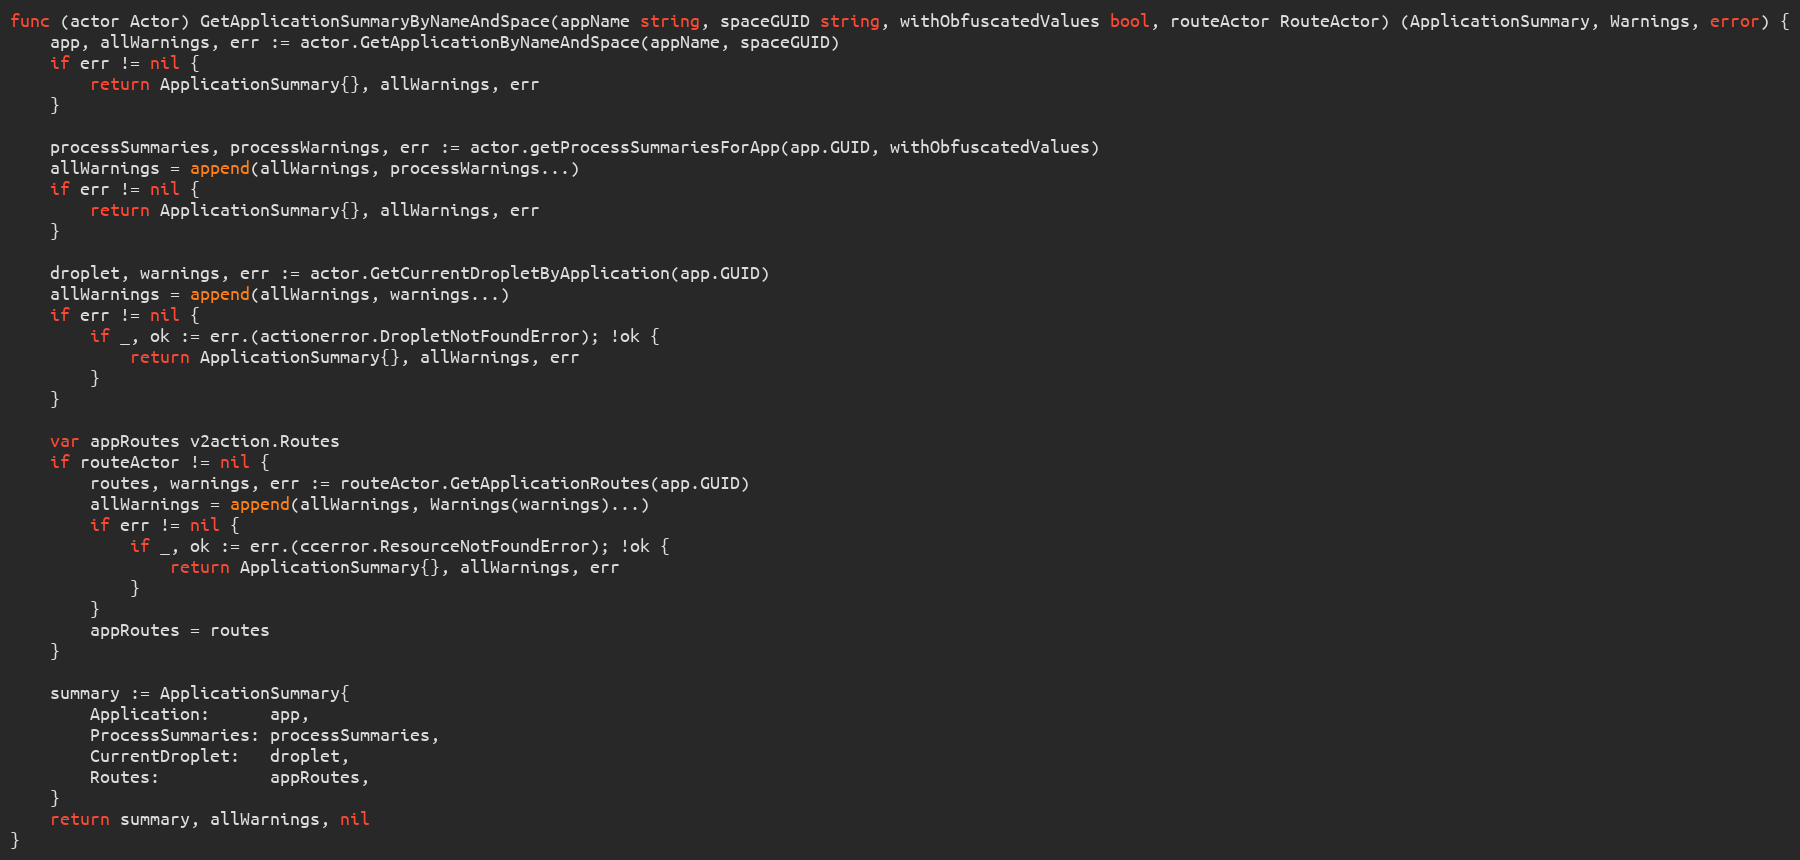
Language: Go
func (actor Actor) GetApplicationSummaryByNameAndSpace(appName string, spaceGUID string, withObfuscatedValues bool, routeActor RouteActor) (ApplicationSummary, Warnings, error) {
	app, allWarnings, err := actor.GetApplicationByNameAndSpace(appName, spaceGUID)
	if err != nil {
		return ApplicationSummary{}, allWarnings, err
	}

	processSummaries, processWarnings, err := actor.getProcessSummariesForApp(app.GUID, withObfuscatedValues)
	allWarnings = append(allWarnings, processWarnings...)
	if err != nil {
		return ApplicationSummary{}, allWarnings, err
	}

	droplet, warnings, err := actor.GetCurrentDropletByApplication(app.GUID)
	allWarnings = append(allWarnings, warnings...)
	if err != nil {
		if _, ok := err.(actionerror.DropletNotFoundError); !ok {
			return ApplicationSummary{}, allWarnings, err
		}
	}

	var appRoutes v2action.Routes
	if routeActor != nil {
		routes, warnings, err := routeActor.GetApplicationRoutes(app.GUID)
		allWarnings = append(allWarnings, Warnings(warnings)...)
		if err != nil {
			if _, ok := err.(ccerror.ResourceNotFoundError); !ok {
				return ApplicationSummary{}, allWarnings, err
			}
		}
		appRoutes = routes
	}

	summary := ApplicationSummary{
		Application:      app,
		ProcessSummaries: processSummaries,
		CurrentDroplet:   droplet,
		Routes:           appRoutes,
	}
	return summary, allWarnings, nil
}